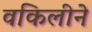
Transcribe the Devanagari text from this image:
वकिलीने